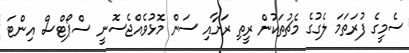
ސެމީގެ ފުރަތަމަ ލެގުގެ މެޗުތަކުން ރީތި ރަށާއި ސަން މޮޅުވެއްޖެސޮނީ ސްޕޯޓްސް އިންޓަ